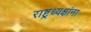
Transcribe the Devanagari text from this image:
राष्ट्रध्यक्षांना